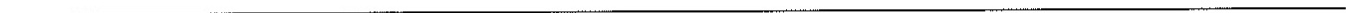
___